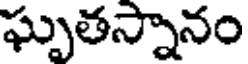
ఘృతస్నానం